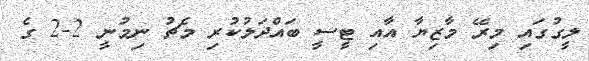
ލީގުގައި މިރޭ މާޒިޔާ އާއި ޓީސީ ބައްދަލުކުރި މެޗު ނިމުނީ 2-2 ގެ